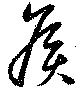
矦